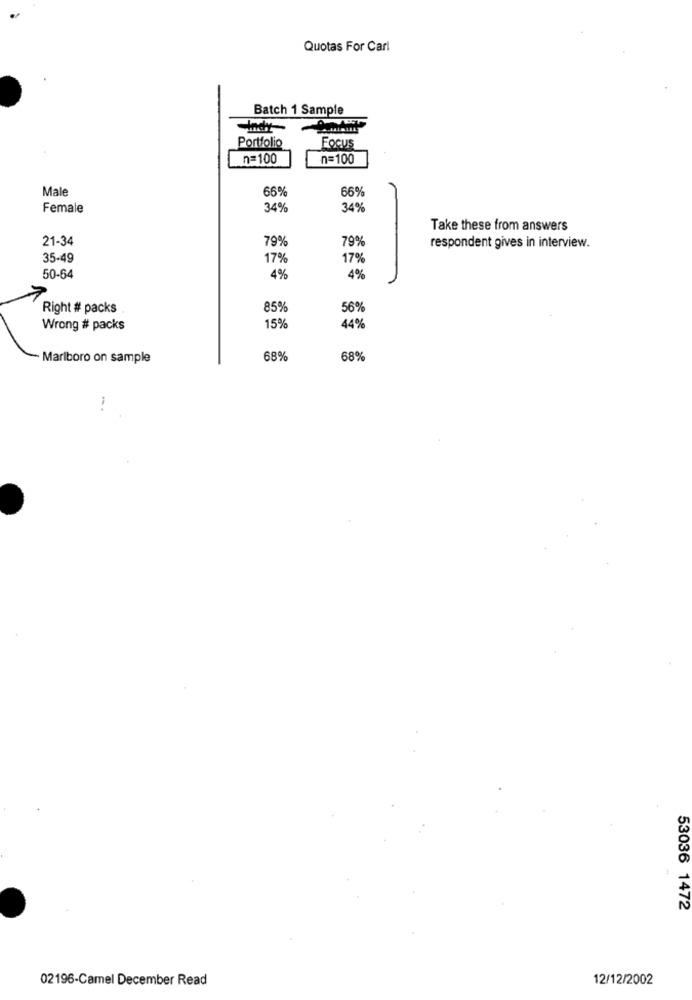
Quotas For Carl
Batch 1 Sample
Portfolio
Focus
n=100
n=100
Male
66%
66%
Female
34
34%
Take these from answers
21-34
79%
79%
respondent gives in interview.
35-49
17%
17%
50-64
4%
4%
7
Right # packs
85%
56%
Wrong # packs
15%
44%
Marlboro on sample
68%
68%
53036 1472
02196-Camel December Read
12/12/2002